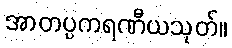
အာတပ္ပကရဏီယသုတ်။